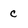
Character: C